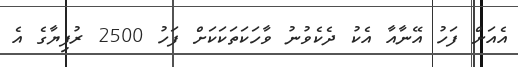
އެއަށް ފަހު އޭނާއާ އެކު ދެކެވުނު ވާހަކަތަކަކަށް ފަހު 2500 ރުފިޔާގެ އެ